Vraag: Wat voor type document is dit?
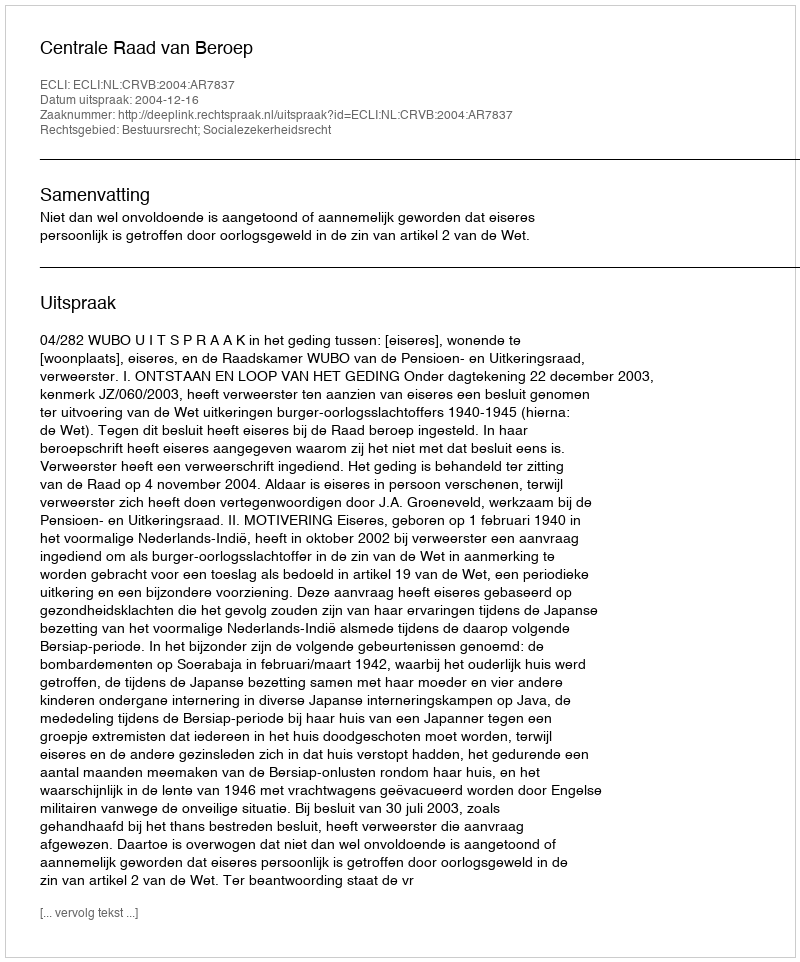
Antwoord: Uitspraak